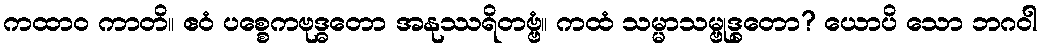
ကထာဝ ကာတိ။ ဧဝံ ပစ္စေကဗုဒ္ဓတော အနုဿရိတဗ္ဗံ။ ကထံ သမ္မာသမ္ဗုဒ္ဓတော? ယောပိ သော ဘဂဝါ